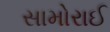
સામોરાઈ